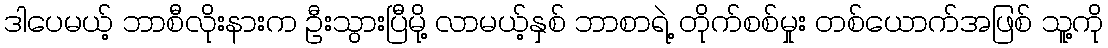
ဒါပေမယ့် ဘာစီလိုးနားက ဦးသွားပြီမို့ လာမယ့်နှစ် ဘာစာရဲ့ တိုက်စစ်မှုး တစ်ယောက်အဖြစ် သူ့ကို